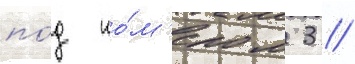
по́д но́м'ером 3 /